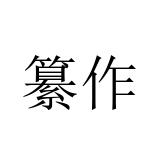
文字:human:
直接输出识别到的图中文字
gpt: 纂作